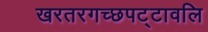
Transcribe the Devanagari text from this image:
खरतरगच्छपट्टावलि